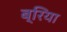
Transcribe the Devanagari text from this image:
ब्रिया